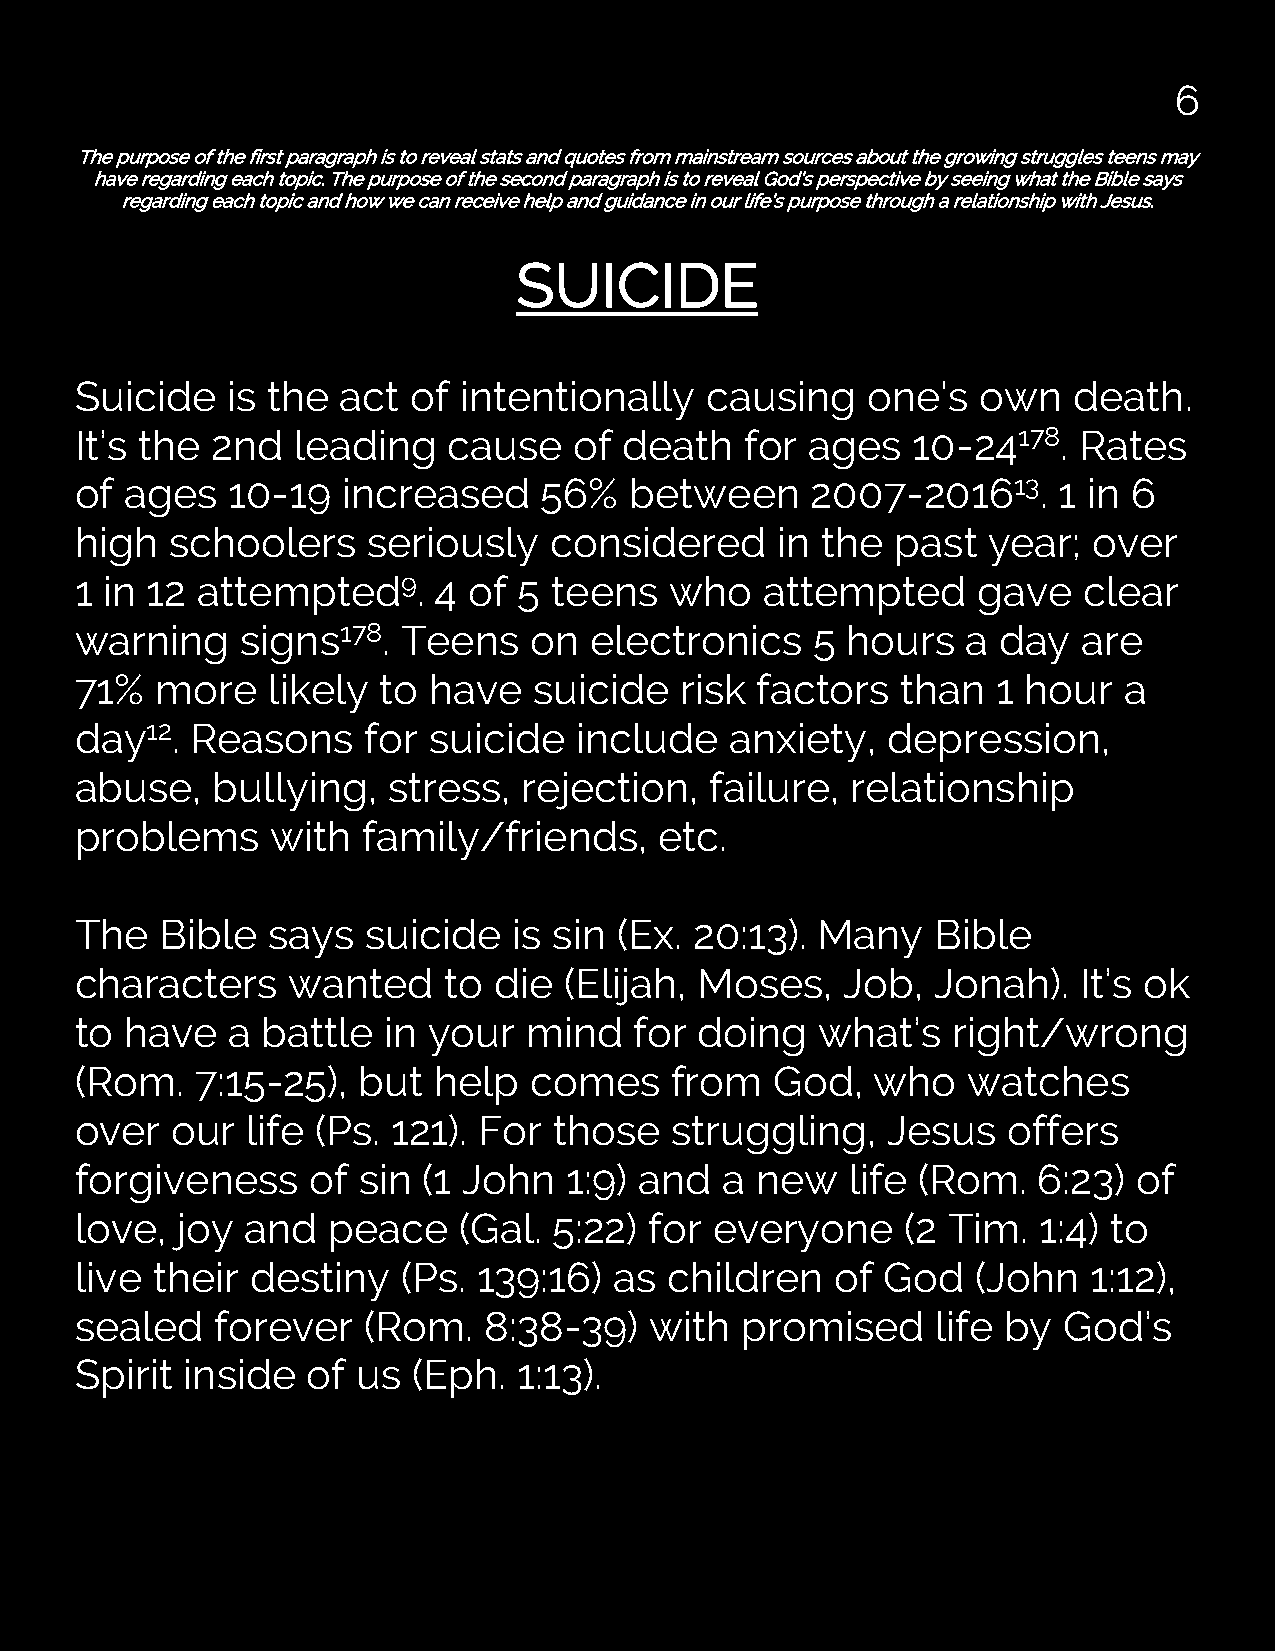
6
 The purpose of the first paragraph is to reveal stats and quotes from mainstream sources about the growing struggles teens may
 have regarding each topic. The purpose of the second paragraph is to reveal God’s perspective by seeing what the Bible says
 regarding each topic and how we can receive help and guidance in our life’s purpose through a relationship with Jesus.
 SUICIDE
 Suicide   is the  act of intentionally    causing   one's   own   death.
 It’s the 2nd  leading    cause   of death   for  ages  10-24178.  Rates
 of ages   10-19   increased    56%   between     2007-201613.    1 in 6
 high  schoolers    seriously   considered     in the  past  year;  over
 1 in 12 attempted9.     4 of 5 teens   who    attempted     gave   clear
 warning    signs178.  Teens   on  electronics    5 hours   a day   are
 71%  more    likely to have   suicide   risk factors   than  1 hour  a
 day12.  Reasons    for suicide   include   anxiety,   depression,
 abuse,   bullying,   stress,  rejection,  failure, relationship
 problems     with  family/friends,     etc.
 The   Bible  says  suicide   is sin (Ex. 20:13). Many    Bible
 characters    wanted    to  die (Elijah, Moses,    Job,  Jonah).   It’s ok
 to have   a battle  in your   mind   for doing   what’s   right/wrong
 (Rom.   7:15-25),  but  help  comes    from   God,   who   watches
 over  our  life (Ps. 121). For  those  struggling,    Jesus   offers
 forgiveness     of sin (1 John   1:9) and  a new   life (Rom.   6:23) of
 love,  joy and   peace   (Gal.  5:22) for everyone     (2 Tim.  1:4) to
 live their  destiny   (Ps. 139:16)  as children   of  God   (John  1:12),
 sealed   forever   (Rom.   8:38-39)   with  promised     life by God’s
 Spirit inside  of  us (Eph.  1:13).